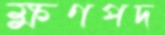
ক্ষণপদ